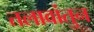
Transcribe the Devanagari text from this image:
तलावांतुन